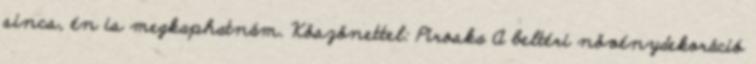
sincs, én is megkaphatnám. Köszönettel: Piroska A beltéri növénydekoráció